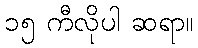
၁၅ ကီလိုပါ ဆရာ။